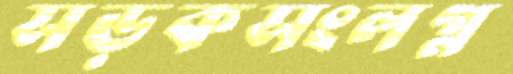
সড়কসংলগ্ন